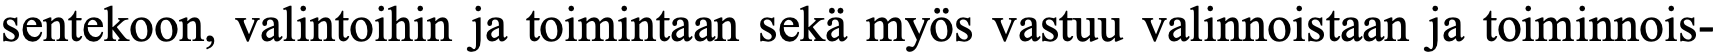
sentekoon, valintoihin ja toimintaan sekä myös vastuu valinnoistaan ja toiminnois-